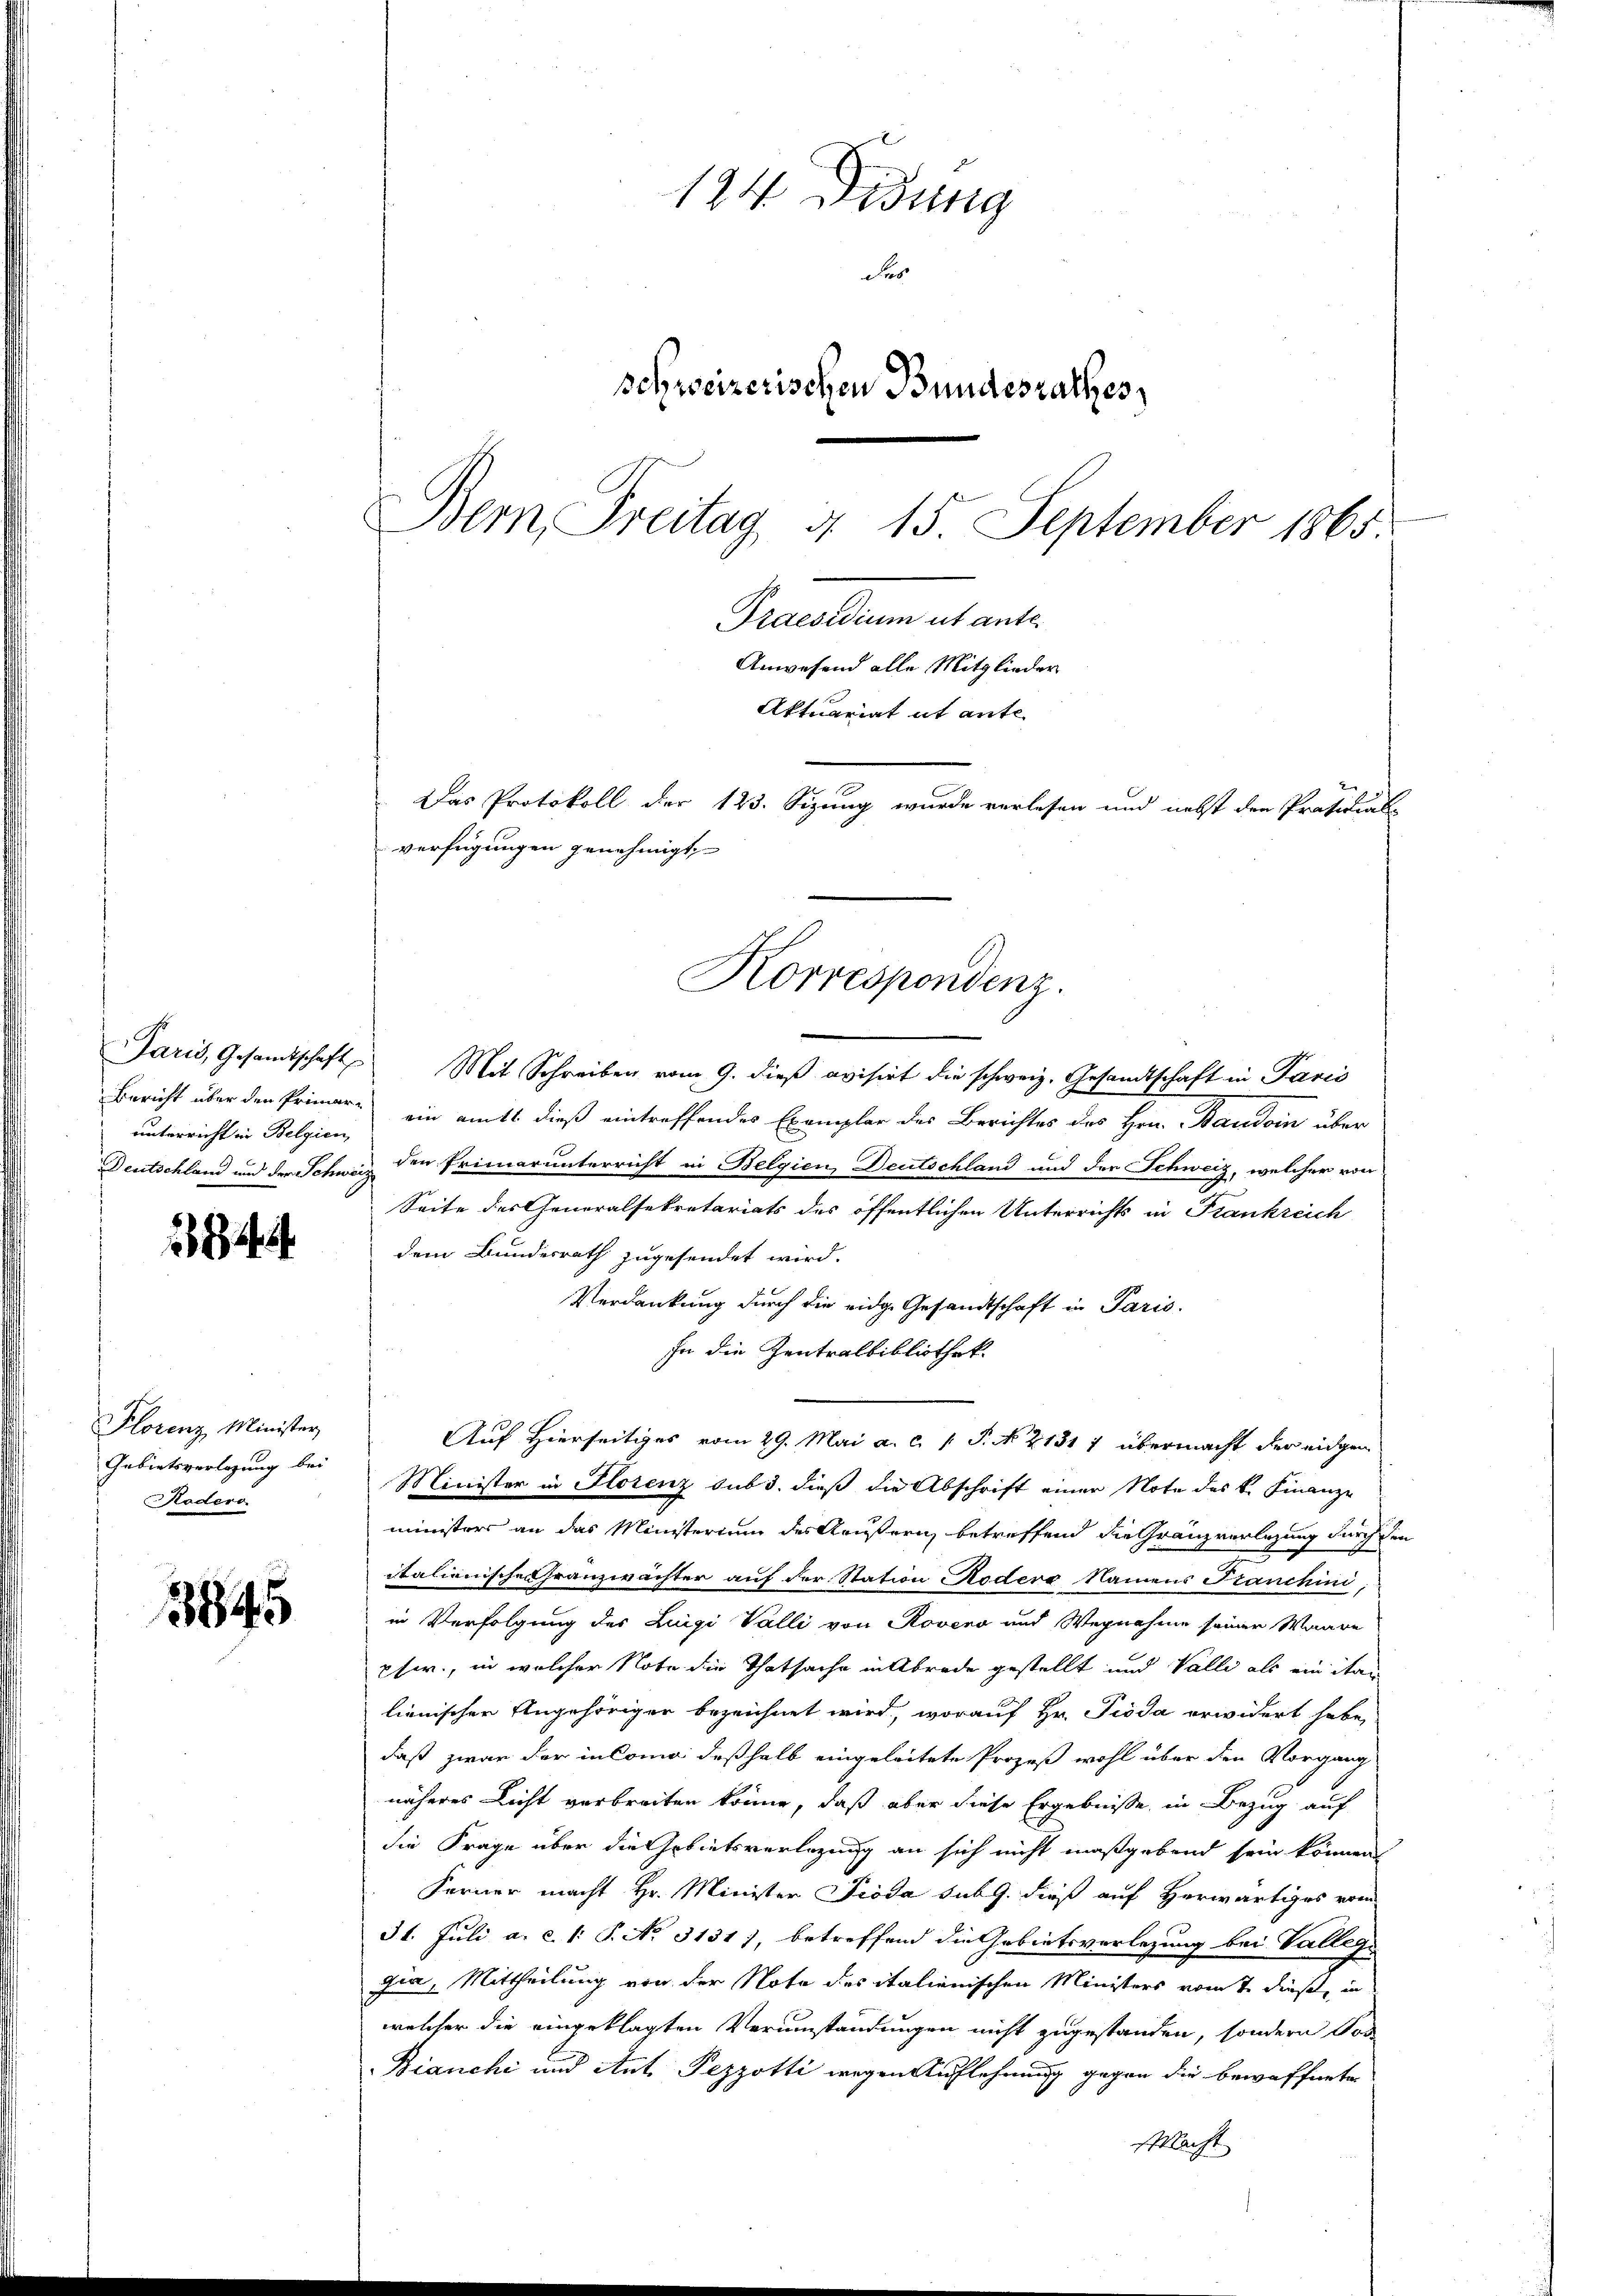
unterricht in Belgien

44

Florenz Minister
Gebietsverlegung bei
adero

3845

124 Didung
Fes
schweizerischen Bundesrathes,
Bem Treitag, § 15. September 1865.
Praesidium ut ante
Anwesend alle Mitglieder
Aktuariat it ante-
Das Protokoll der 123. Sizung wurde verlesen und nebst den Präsidial-
verfügungen genehmigt,

Paris, Gesandtschaft Mit Schreiben vom 9. dieβ evisirt die schweiz. Gesandtschaft in Paris
Bericht über den Primar ein amts dieß eintreffendes Exemplar des Berichtes des Hrn. Baudoin über
Deutschland und der Schweiz den Primarunterricht in Belgien, Deutschland und der Schweiz, welcher von
Seite des eneralsekretariats des öffentlichen Unterrichts in Frankreich
dem Bundesrath zugesendet wird.
Verdankung durch die eidge Gesandtschaft in Paris.
In die Zentralbibliothek.
Auf Hierseitiges vom 29. Mai a. c. 1 P. N. 2131 7 übermacht der eidgen
Minister in Florenz sub 3. dieß die Abschrift einer Note des k. Finanze
ministers an das Ministerium des Aeußern betreffend die Granzverlegung durch den
italienische Franzwächter auf der Station Koder Namens Franchini
in Verfolgung des Luigi Valli von Rovero und Wegnahme seiner Waare
pfwr., in welcher Note die Thatsache in Abrade gestellt und Walli als ein itar
lienischen Angehöriger bezeichnet wird, worauf Hr. Pioda erwidert habe,
daß zwar der incomo deßhalb eingeleitete Prozeß wohl über den Vorgang
näheres Licht verbreiten könne, daß aber diese Ergebniße in Bezug auf
die Frage über die Gebietsverlegung an sich nicht maßgebend sein können
Ferner macht Hr. Minister Pioda sub 9. dieß auf Herwärtiges vom
31. Juli a. c. 1: P. No 3131), betreffend die Gebietsverlegung bei Valleg
Juan, Mittheilung von der Note des italienischen Ministers vom 7. dieß, in
welcher die eingeklagten Verumständungen nicht zugestanden, sondern Vor
Bianchi und Ant. Pezzotti wegen Auflehnung gegen die bewaffnete
Macht

Korrespondenz.